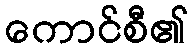
ကောင်စီ၏